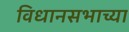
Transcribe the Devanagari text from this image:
विधानसभाच्या